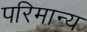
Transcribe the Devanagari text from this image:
परिमान्य